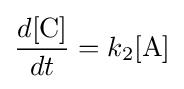
{\frac {d[{\ce {C}}]}{dt}}=k_{2}[{\ce {A}}]